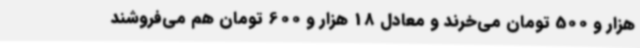
هزار و 500 تومان می‌خرند و معادل 18 هزار و 600 تومان هم می‌فروشند